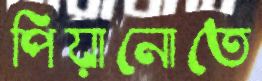
পিয়ানোতে